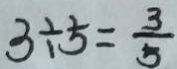
3 \div 5 = \frac { 3 } { 5 }